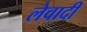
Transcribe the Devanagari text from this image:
लेवादी